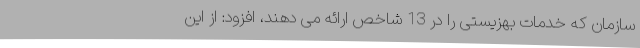
سازمان که خدمات بهزیستی را در 13 شاخص ارائه می دهند، افزود: از این